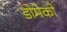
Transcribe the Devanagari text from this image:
डोमेको